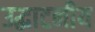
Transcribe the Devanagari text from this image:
उद्घाटनीय